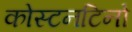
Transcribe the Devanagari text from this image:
कोस्टनटिनो